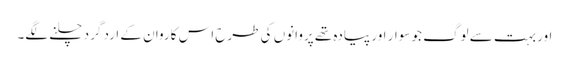
اور بہت سے لوگ جو سوار اور پیادہ تھے پروانوں کی طرح اس کاروان کے ارد گرد چلنے لگے۔